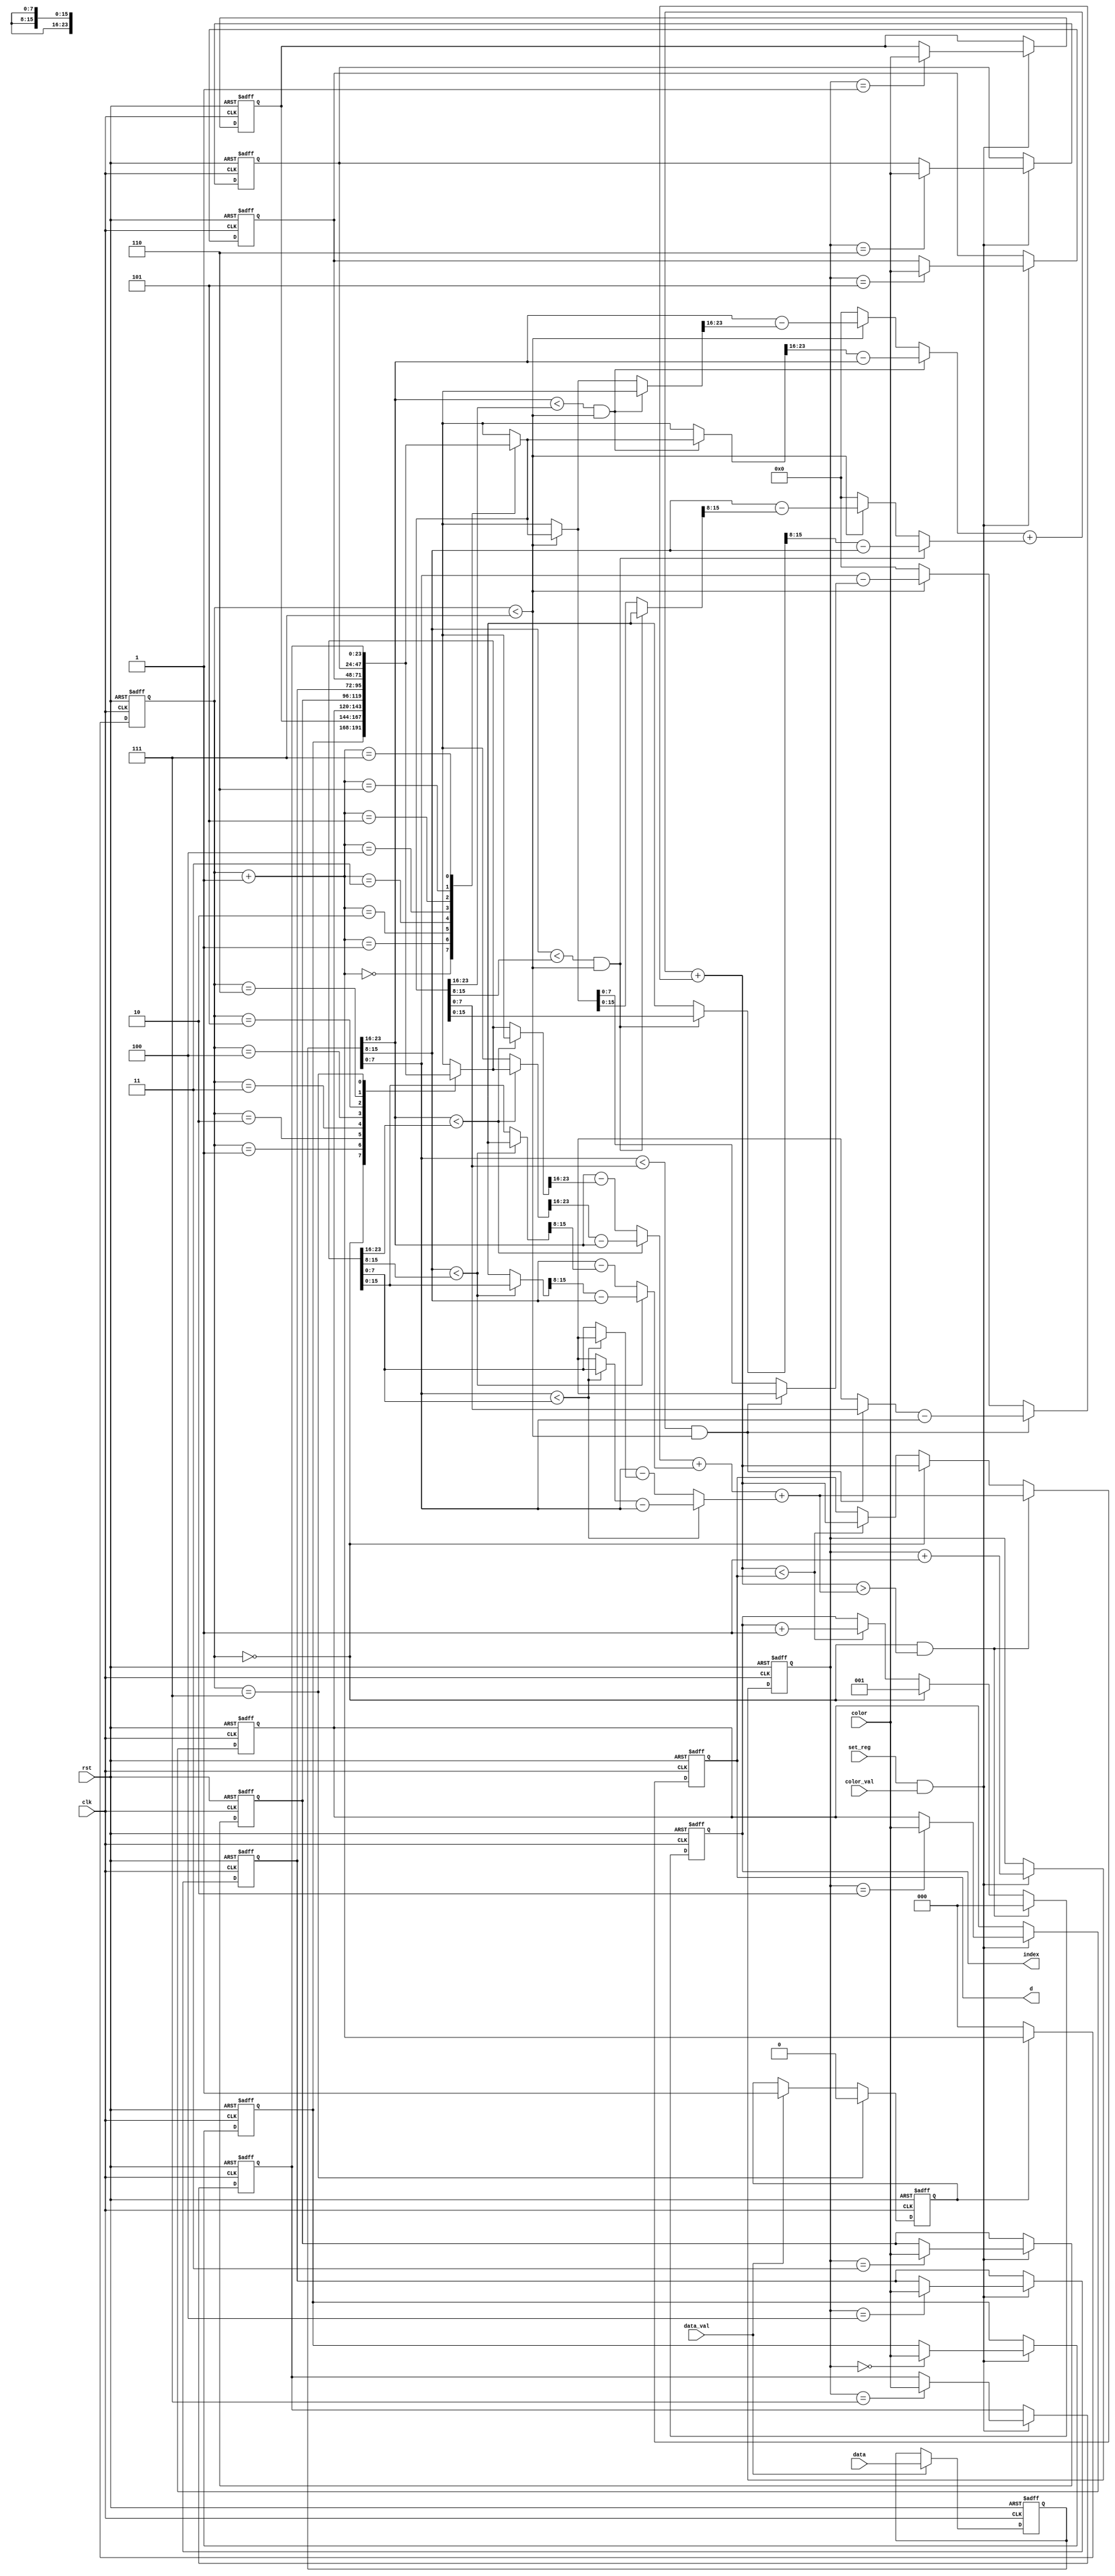
module top(
	input clk,
	input rst,
	input set_reg,
	input color_val,
	input data_val,
	input [23:0] color,
	input [23:0] data,
	output reg [9:0] d,
	output reg [2:0] index
);

reg [2:0] d_min_index;
reg [9:0] d_min;

reg [23:0] register [7:0];


integer i;

reg [2:0] cnt_c;
reg [2:0] cnt;

reg data_val_flag;

reg [7:0] blue_d;
reg [7:0] green_d;
reg [7:0] red_d;
reg [7:0] blue_d_next;
reg [7:0] green_d_next;
reg [7:0] red_d_next;

reg [9:0] sum;
reg [9:0] sum_next;

reg [23:0] data_s;
//d_min : data vs register[cnt]
always@(posedge clk or posedge rst)begin
	if(rst)
		data_s <= 24'd0;
	else if(data_val)
		data_s <= data;
end
//distance
always@(*)begin
	if(data_s[23:16] < register[cnt_c][23:16])
		blue_d = register[cnt_c][23:16] - data_s[23:16];
	else
		blue_d = data_s[23:16] - register[cnt_c][23:16];
end
always@(*)begin
	if(data_s[15:8] < register[cnt_c][15:8])
		green_d = register[cnt_c][15:8] - data_s[15:8];
	else
		green_d = data_s[15:8] - register[cnt_c][15:8];
end
always@(*)begin
	if(data_s[7:0] < register[cnt_c][7:0])
		red_d = register[cnt_c][7:0] - data_s[7:0];
	else
		red_d = data_s[7:0] - register[cnt_c][7:0];
end
//next_distance
always@(*)begin
	if(data_s[23:16] < register[cnt_c+1][23:16] && cnt_c < 3'd7)
		blue_d_next = register[cnt_c+1][23:16] - data_s[23:16];
	else if(cnt_c < 3'd7)
		blue_d_next = data_s[23:16] - register[cnt_c+1][23:16];
	else 
		blue_d_next = 8'd0;
end
always@(*)begin
	if(data_s[15:8] < register[cnt_c+1][15:8] && cnt_c < 3'd7)
		green_d_next = register[cnt_c+1][15:8] - data_s[15:8];
	else if(cnt_c < 3'd7)
		green_d_next = data_s[15:8] - register[cnt_c+1][15:8];
	else 
		green_d_next = 8'd0;
end
always@(*)begin
	if(data_s[7:0] < register[cnt_c+1][7:0] && cnt_c < 3'd7)
		red_d_next = register[cnt_c+1][7:0] - data_s[7:0];
	else if(cnt_c < 3'd7)
		red_d_next = data_s[7:0] - register[cnt_c+1][7:0];
	else 
		red_d_next = 8'd0;
end
always@(*) begin
	sum = blue_d + green_d + red_d;
end
always@(*) begin
	sum_next = blue_d_next + green_d_next + red_d_next;
end


always@(posedge clk or posedge rst)begin
	if(rst)begin
		d <= 10'd0;
		index <= 3'd0;
	end
	else if(cnt_c == 3'd0 && (sum_next>sum))begin
		d <= sum;
		index <= 3'd0;
	end
	else if(cnt_c == 3'd0)begin
		d <= sum_next;
		index <= 3'd1;
	end
	else if(sum_next < d)begin
		d <= sum_next;
		index <= index + 3'd1;
	end
end
//data_val_flag
always@(posedge clk or posedge rst)begin
	if(rst)
		data_val_flag <= 1'd0;
	else if(cnt_c == 3'd7)
		data_val_flag <= 1'd0;
	else if(data_val)
		data_val_flag <= 1'd1;
end
always@(posedge clk or posedge rst)begin
	if(rst)
		cnt_c <= 3'd0;
	else if(data_val_flag)
		cnt_c <= cnt_c + 3'd1;
	else 
		cnt_c <= 3'd0;
end

//cnt
always@(posedge clk or posedge rst)begin
	if(rst)
		cnt <= 3'd0;
	else if(set_reg & color_val)
		cnt <= cnt + 3'd1;
end
//initial regiser
always@(posedge clk or posedge rst)begin
	if(rst) begin
		for(i=0;i<8;i=i+1)
			register[i][23:0] <= 24'd0;
	end
	else if(set_reg & color_val)begin
		register[cnt][23:0] <= color;
	end
end

endmodule